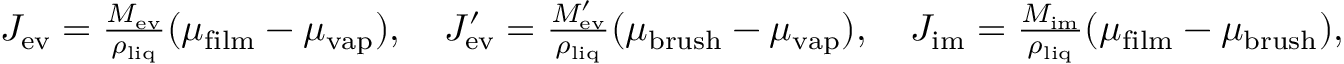
\begin{array} { r } { J _ { \mathrm { e v } } = \frac { M _ { \mathrm { e v } } } { \rho _ { \mathrm { l i q } } } ( \mu _ { \mathrm { f i l m } } - \mu _ { \mathrm { v a p } } ) , \quad J _ { \mathrm { e v } } ^ { \prime } = \frac { M _ { \mathrm { e v } } ^ { \prime } } { \rho _ { \mathrm { l i q } } } ( \mu _ { \mathrm { b r u s h } } - \mu _ { \mathrm { v a p } } ) , \quad J _ { \mathrm { i m } } = \frac { M _ { \mathrm { i m } } } { \rho _ { \mathrm { l i q } } } ( \mu _ { \mathrm { f i l m } } - \mu _ { \mathrm { b r u s h } } ) , } \end{array}